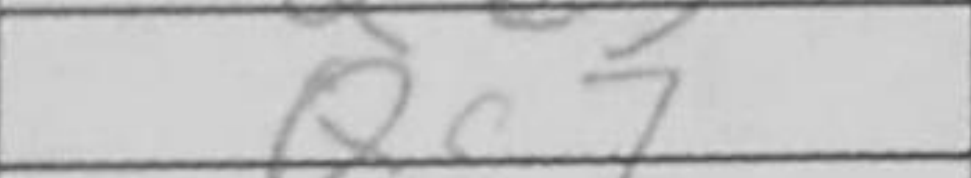
Transcription: Qc7